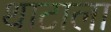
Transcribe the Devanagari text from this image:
थाटाला